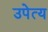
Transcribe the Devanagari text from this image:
उपेत्य